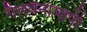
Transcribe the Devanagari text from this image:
गैलवैनोमापी